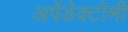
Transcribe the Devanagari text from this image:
अपेंडेक्टोमी